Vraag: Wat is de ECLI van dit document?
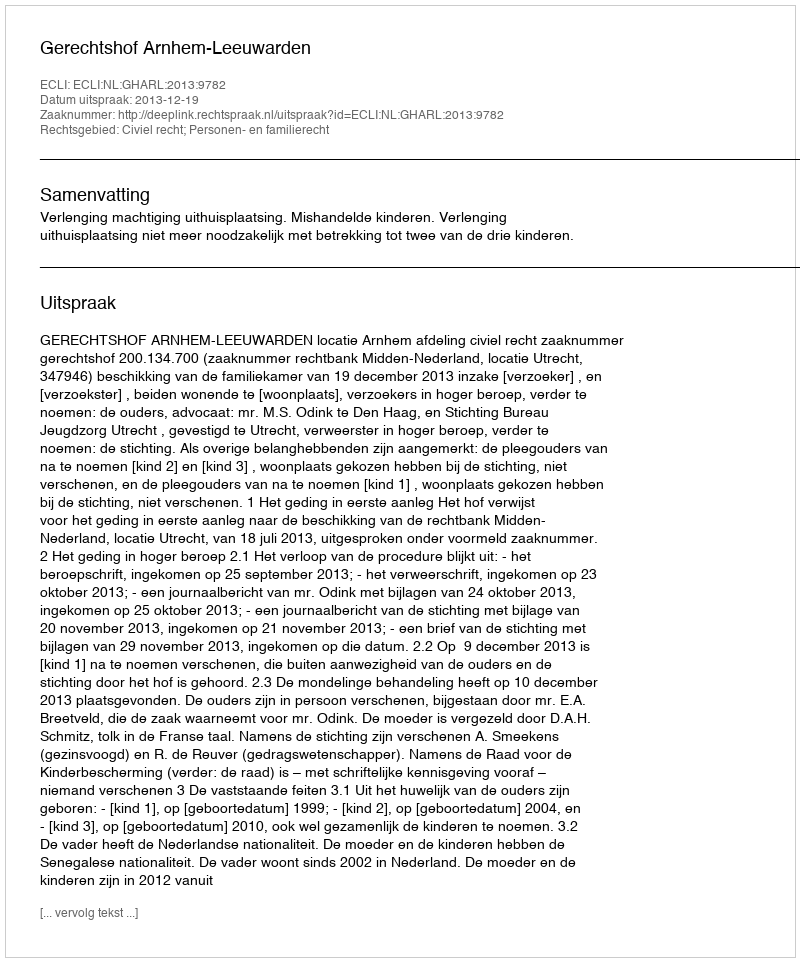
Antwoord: ECLI:NL:GHARL:2013:9782